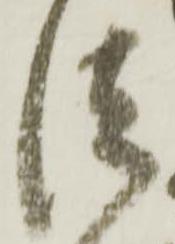
法